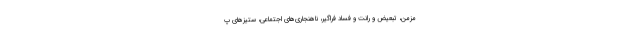
مزمن، تبعیض و رانت و فساد فراگیر، ناهنجاری‌های اجتماعی، ستیزهای پ